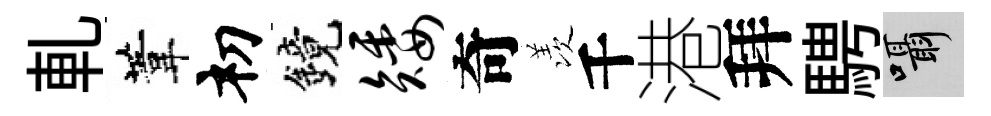
軋葦𥘉鏡矮奇羡千港拜騁囁